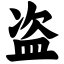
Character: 盗